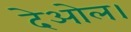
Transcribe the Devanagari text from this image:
देओल।